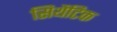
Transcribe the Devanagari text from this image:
सिथेंटिक